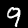
Digit: 9